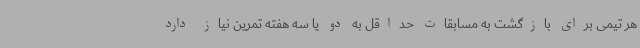
هر تیمی برای بازگشت به مسابقات حداقل به دو یا سه هفته تمرین نیاز دارد